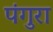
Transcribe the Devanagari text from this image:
पंगुरा